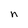
Character: n